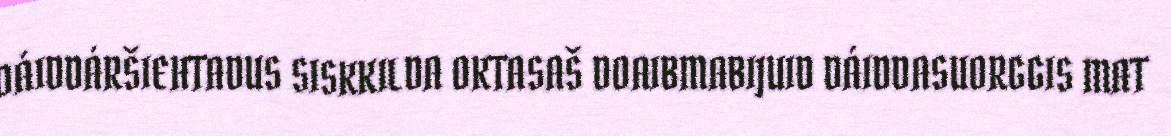
DÁIDDÁRŠIEHTADUS SISKKILDA OKTASAŠ DOAIBMABIJUID DÁIDDASUORGGIS MAT